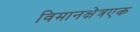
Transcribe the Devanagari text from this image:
विमानक्षेत्रएक